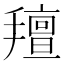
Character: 𢷆